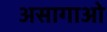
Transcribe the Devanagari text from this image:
असागाओ